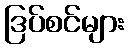
ဒြပ်စင်များ